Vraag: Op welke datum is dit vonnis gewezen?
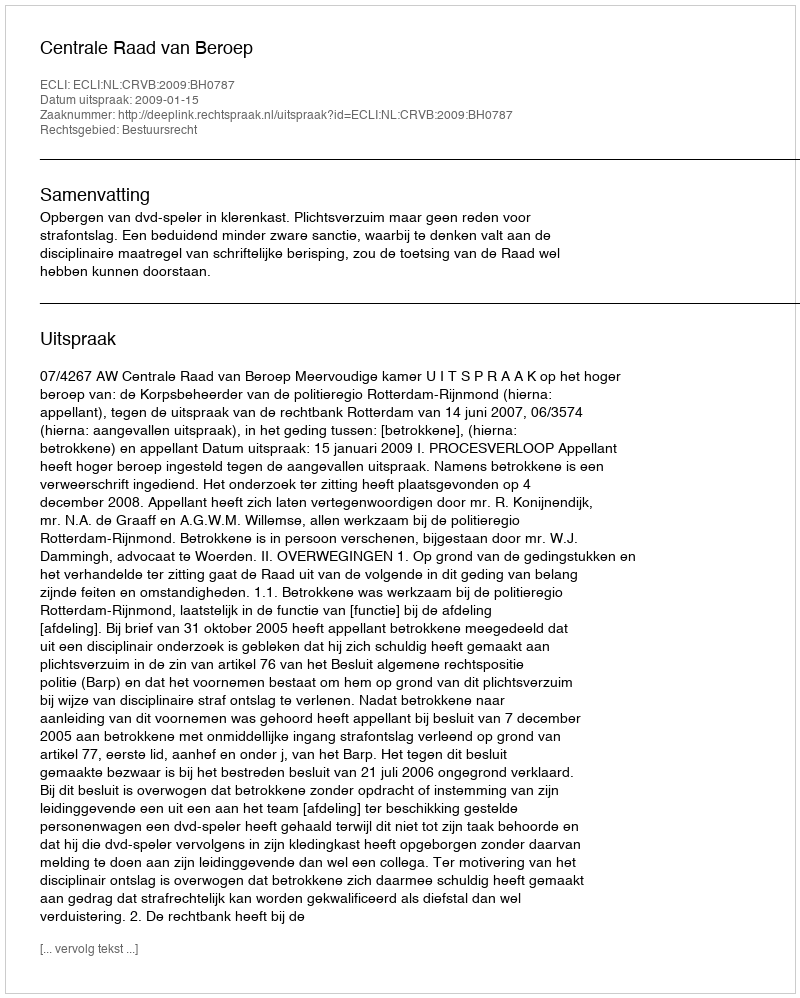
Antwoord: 2009-01-15